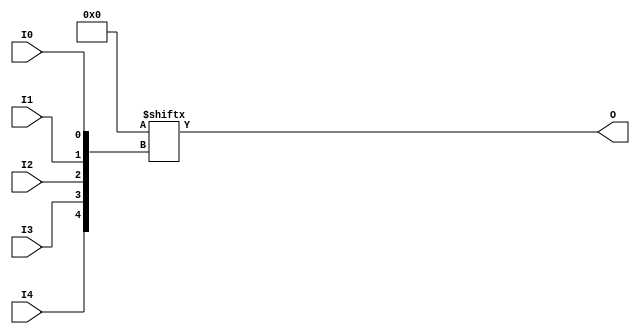
// This program was cloned from: https://github.com/jhshi/openofdm
// License: Apache License 2.0

// $Header: /devl/xcs/repo/env/Databases/CAEInterfaces/verunilibs/data/rainier/LUT5.v,v 1.6 2007/06/01 00:22:57 yanx Exp $
///////////////////////////////////////////////////////////////////////////////
// Copyright (c) 1995/2004 Xilinx, Inc.
// All Right Reserved.
///////////////////////////////////////////////////////////////////////////////
//   ____  ____
//  /   /\/   /
// /___/  \  /    Vendor : Xilinx
// \   \   \/     Version : 10.1
//  \   \         Description : Xilinx Functional Simulation Library Component
//  /   /                  5-input Look-Up-Table with General Output
// /___/   /\     Filename : LUT5.v
// \   \  /  \    Timestamp : Thu Mar 25 16:42:54 PST 2004
//  \___\/\___\
//
// Revision:
//    03/23/04 - Initial version.
//    02/04/05 - Replace premitive with function; Remove buf.
//    05/30/07 - Change timescale to 1 ps / 1ps.
// End Revision

`timescale  1 ps / 1 ps


module LUT5 (O, I0, I1, I2, I3, I4);

  parameter INIT = 32'h00000000;

  input I0, I1, I2, I3, I4;

  output O;

  reg O;
  reg tmp;

  always @( I4 or I3 or  I2 or  I1 or  I0 )  begin
 
    tmp =  I0 ^ I1  ^ I2 ^ I3 ^ I4;

    if ( tmp == 0 || tmp == 1)

        O = INIT[{I4, I3, I2, I1, I0}];

    else 
    
      O =  lut4_mux4 ( 
                        { lut6_mux8 ( INIT[31:24], {I2, I1, I0}),
                          lut6_mux8 ( INIT[23:16], {I2, I1, I0}),
                          lut6_mux8 ( INIT[15:8], {I2, I1, I0}),
                          lut6_mux8 ( INIT[7:0], {I2, I1, I0}) }, { I4, I3});
  end

  function lut6_mux8;
  input [7:0] d;
  input [2:0] s;
   
  begin

       if ((s[2]^s[1]^s[0] ==1) || (s[2]^s[1]^s[0] ==0))
           
           lut6_mux8 = d[s];

         else
           if ( ~(|d))
                 lut6_mux8 = 1'b0;
           else if ((&d))
                 lut6_mux8 = 1'b1;
           else if (((s[1]^s[0] ==1'b1) || (s[1]^s[0] ==1'b0)) && (d[{1'b0,s[1:0]}]===d[{1'b1,s[1:0]}]))
                 lut6_mux8 = d[{1'b0,s[1:0]}];
           else if (((s[2]^s[0] ==1) || (s[2]^s[0] ==0)) && (d[{s[2],1'b0,s[0]}]===d[{s[2],1'b1,s[0]}]))
                 lut6_mux8 = d[{s[2],1'b0,s[0]}];
           else if (((s[2]^s[1] ==1) || (s[2]^s[1] ==0)) && (d[{s[2],s[1],1'b0}]===d[{s[2],s[1],1'b1}]))
                 lut6_mux8 = d[{s[2],s[1],1'b0}];
           else if (((s[0] ==1) || (s[0] ==0)) && (d[{1'b0,1'b0,s[0]}]===d[{1'b0,1'b1,s[0]}]) &&
              (d[{1'b0,1'b0,s[0]}]===d[{1'b1,1'b0,s[0]}]) && (d[{1'b0,1'b0,s[0]}]===d[{1'b1,1'b1,s[0]}]))
                 lut6_mux8 = d[{1'b0,1'b0,s[0]}];
           else if (((s[1] ==1) || (s[1] ==0)) && (d[{1'b0,s[1],1'b0}]===d[{1'b0,s[1],1'b1}]) &&
              (d[{1'b0,s[1],1'b0}]===d[{1'b1,s[1],1'b0}]) && (d[{1'b0,s[1],1'b0}]===d[{1'b1,s[1],1'b1}]))
                 lut6_mux8 = d[{1'b0,s[1],1'b0}];
           else if (((s[2] ==1) || (s[2] ==0)) && (d[{s[2],1'b0,1'b0}]===d[{s[2],1'b0,1'b1}]) &&
              (d[{s[2],1'b0,1'b0}]===d[{s[2],1'b1,1'b0}]) && (d[{s[2],1'b0,1'b0}]===d[{s[2],1'b1,1'b1}]))
                 lut6_mux8 = d[{s[2],1'b0,1'b0}];
           else
                 lut6_mux8 = 1'bx;
   end
  endfunction


  function lut4_mux4;
  input [3:0] d;
  input [1:0] s;
   
  begin

       if ((s[1]^s[0] ==1) || (s[1]^s[0] ==0))

           lut4_mux4 = d[s];

         else if ((d[0] === d[1]) && (d[2] === d[3])  && (d[0] === d[2]) )
           lut4_mux4 = d[0];
         else if ((s[1] == 0) && (d[0] === d[1]))
           lut4_mux4 = d[0];
         else if ((s[1] == 1) && (d[2] === d[3]))
           lut4_mux4 = d[2];
         else if ((s[0] == 0) && (d[0] === d[2]))
           lut4_mux4 = d[0];
         else if ((s[0] == 1) && (d[1] === d[3]))
           lut4_mux4 = d[1];
         else
           lut4_mux4 = 1'bx;

   end
  endfunction

endmodule